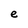
Character: e